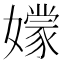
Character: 𡣘